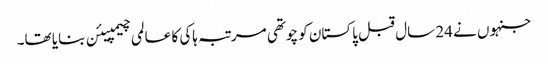
جنہوں نے 24 سال قبل پاکستان کو چوتھی مرتبہ ہاکی کا عالمی چیمپیئن بنایا تھا۔